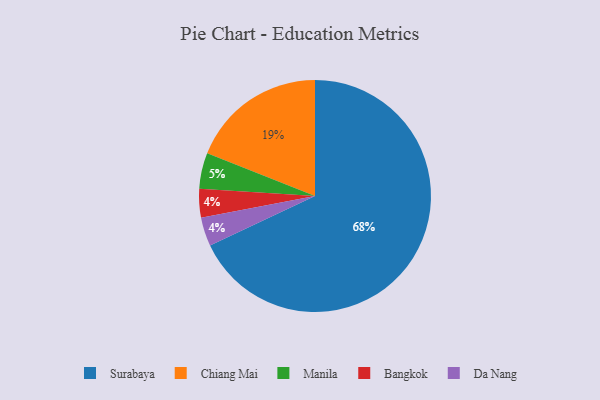
{"axis": {"x": "Category", "y": "Percentage"}, "legend": ["Bangkok", "Chiang Mai", "Da Nang", "Manila", "Surabaya"], "data": [{"x": "Chiang Mai", "y": 19, "type": "Chiang Mai"}, {"x": "Bangkok", "y": 4, "type": "Bangkok"}, {"x": "Da Nang", "y": 4, "type": "Da Nang"}, {"x": "Manila", "y": 5, "type": "Manila"}, {"x": "Surabaya", "y": 68, "type": "Surabaya"}]}